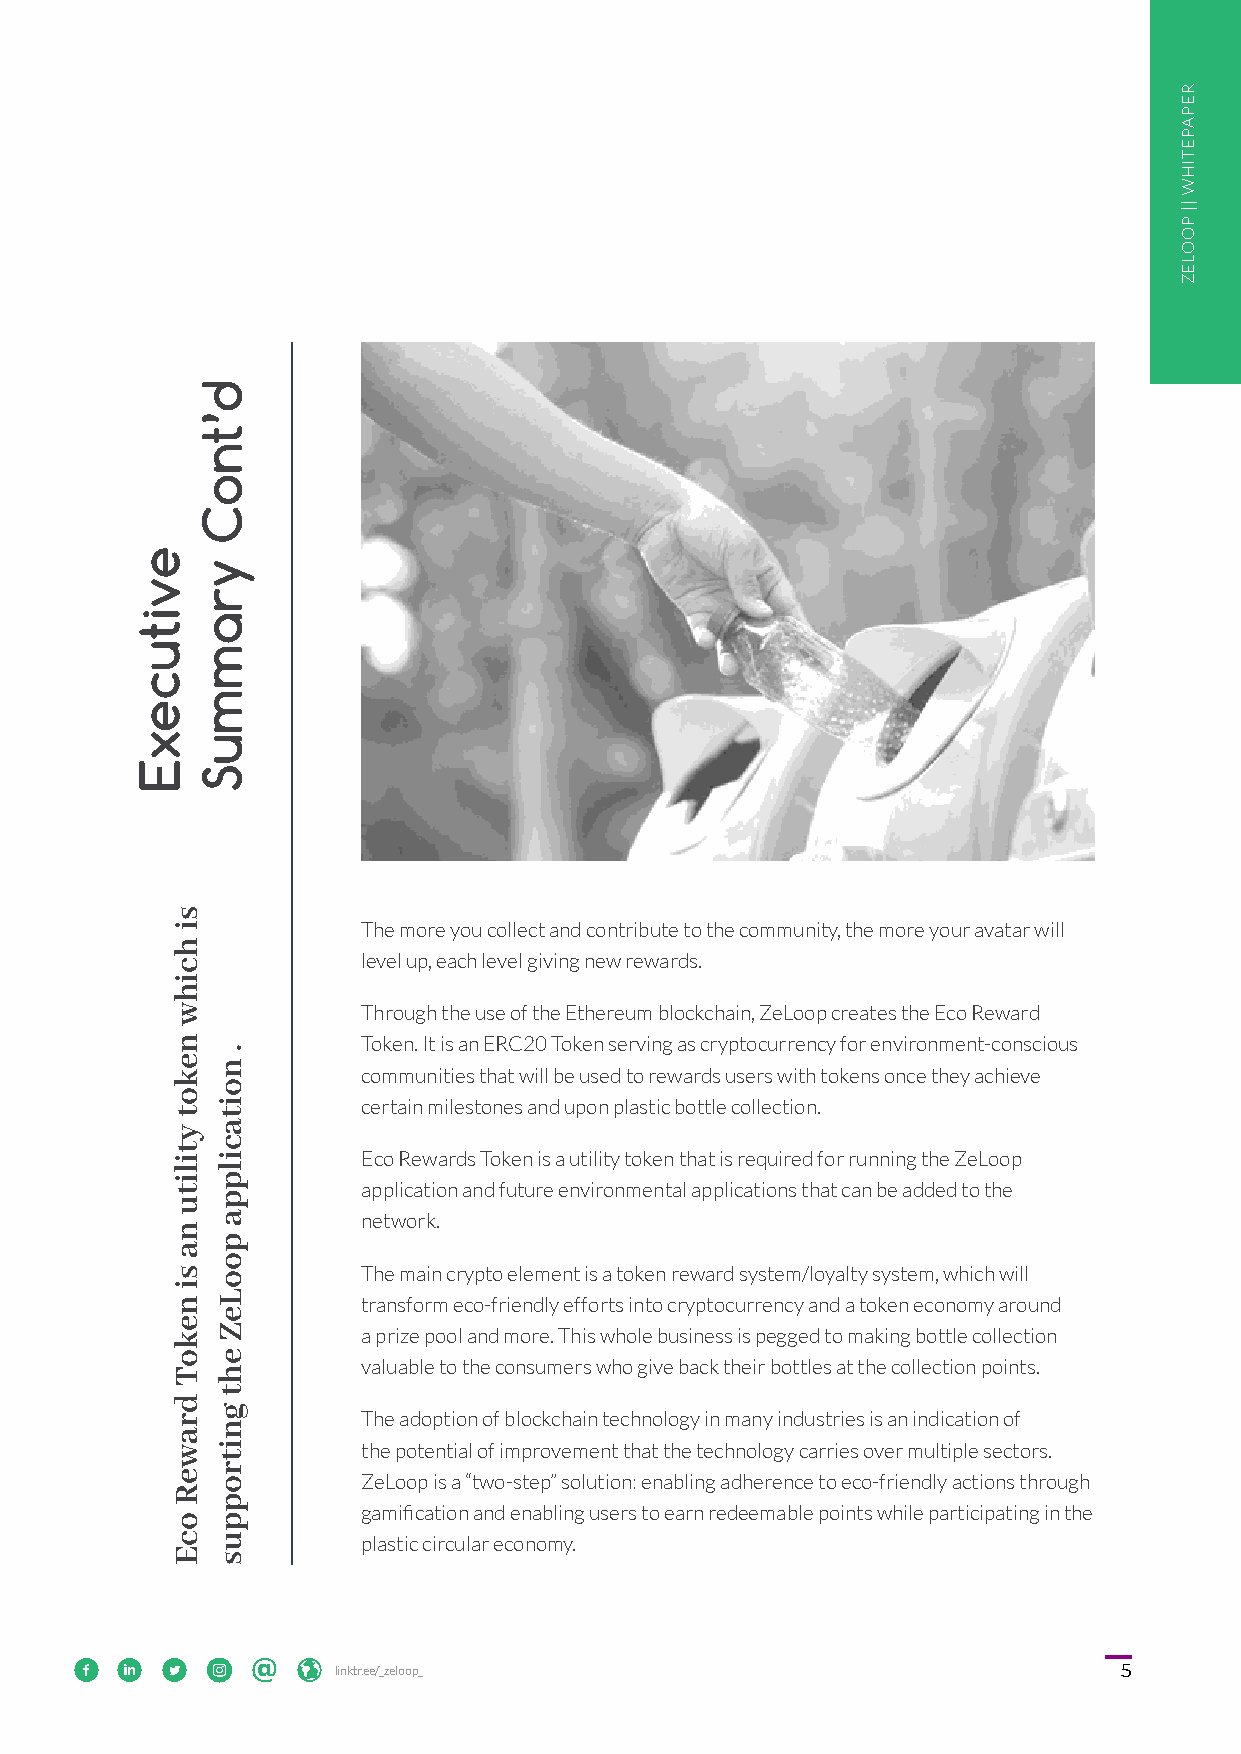
The more you collect and contribute to the community, the more your avatar will
 level up, each level giving new rewards.
 Through the use of the Ethereum blockchain, ZeLoop creates the Eco Reward
 Token. It is an ERC20 Token serving as cryptocurrency for environment-conscious
 communities that will be used to rewards users with tokens once they achieve
 certain milestones and upon plastic bottle collection.
 Eco Rewards Token is a utility token that is required for running the ZeLoop
 application and future environmental applications that can be added to the
 network.
 The main crypto element is a token reward system/loyalty system, which will
 transform eco-friendly efforts into cryptocurrency and a token economy around
 a prize pool and more. This whole business is pegged to making bottle collection
 valuable to the consumers who give back their bottles at the collection points.
 The adoption of blockchain technology in many industries is an indication of
 the potential of improvement that the technology carries over multiple sectors.
 ZeLoop is a “two-step” solution: enabling adherence to eco-friendly actions through
 gamification and enabling users to earn redeemable points while participating in the
 plastic circular economy.
             l li in nk kt tr r. .e ee e/ /_ _z ze el lo oo op p_ _ 5 5
 evitucexE
 si
 hcihw
 nekot
 ytilitu
 na
 si
 nekoT
 draweR
 ocE
 d’tnoC
 yrammuS
 .
 noitacilppa
 pooLeZ
 eht
 gnitroppus
 RREEPPAAPPEETTIIHHWW
 ||||
 PPOOOOLLEEZZ